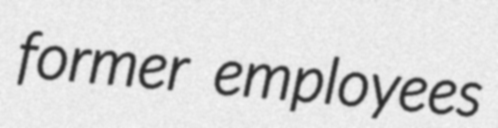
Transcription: former employees